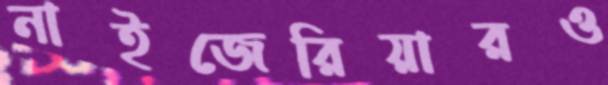
নাইজেরিয়ারও